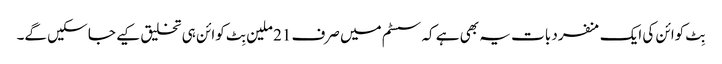
بِٹ کوائن کی ایک منفرد بات یہ بھی ہے کہ سسٹم میں صرف 21 ملین بِٹ کوائن ہی تخلیق کیے جا سکیں گے۔